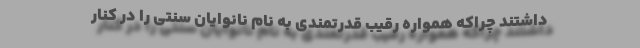
داشتند چراکه همواره رقیب قدرتمندی به نام نانوایان سنتی را در کنار